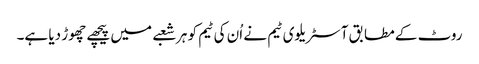
روٹ کے مطابق آسٹریلوی ٹیم نے اُن کی ٹیم کو ہر شعبے میں پیچھے چھوڑ دیا ہے۔